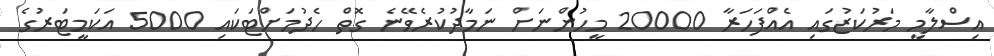
އިސްލާމީ މަރުކަޒުގައި އެއްފަހަރާ 20000 މީހުންނަށް ނަމާދުކުރެވޭނެ ގޮތް ހެދުމަށްޓަކައި 5000 އަކަމީޓަރުގެ